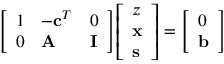
{ \left[ \begin{array} { l l l } { 1 } & { - \mathbf { c } ^ { T } } & { 0 } \\ { 0 } & { \mathbf { A } } & { \mathbf { I } } \end{array} \right] } { \left[ \begin{array} { l } { z } \\ { \mathbf { x } } \\ { \mathbf { s } } \end{array} \right] } = { \left[ \begin{array} { l } { 0 } \\ { \mathbf { b } } \end{array} \right] }